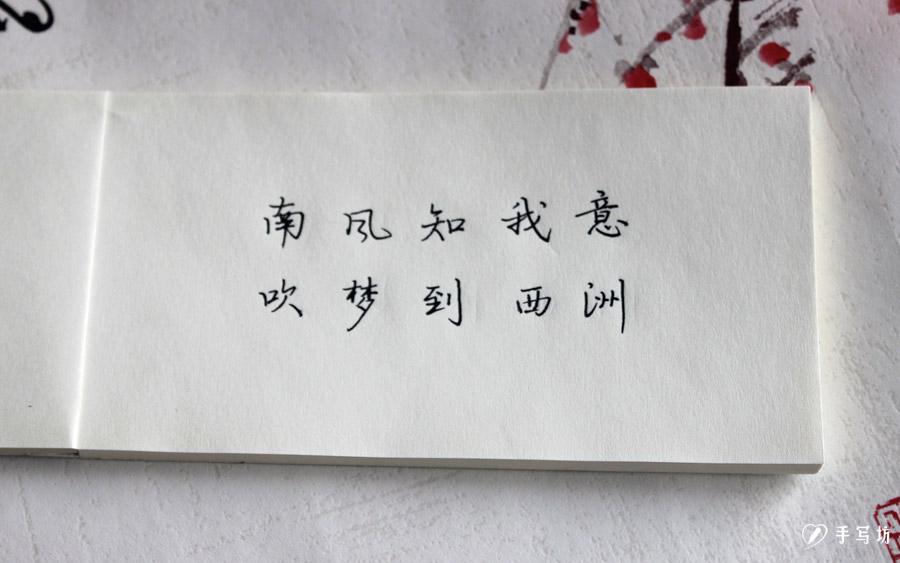
南风知我意，吹梦到西洲。